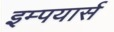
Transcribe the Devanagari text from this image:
इम्पयार्स